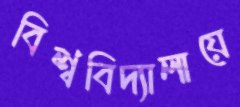
বিশ্ববিদ্যালায়ে